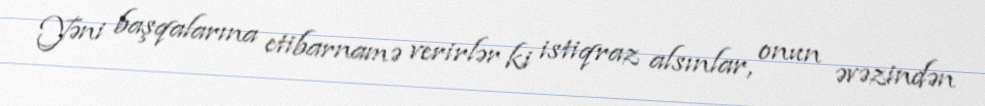
Yəni başqalarına etibarnamə verirlər ki istiqraz alsınlar, onun əvəzindən